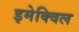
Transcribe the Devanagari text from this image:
इमेक्विल